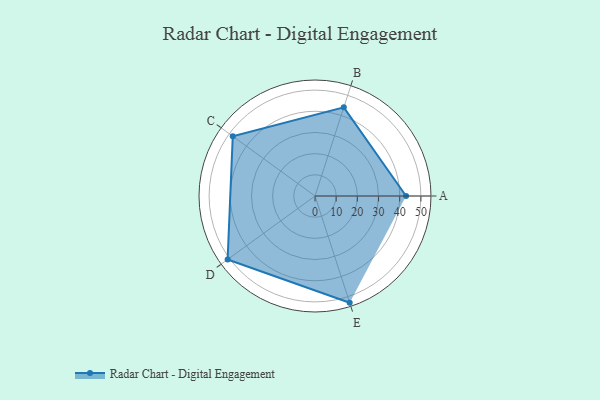
{"axis": {"x": "Skill", "y": "Score"}, "legend": ["Profile"], "data": [{"x": "A", "y": 43.0, "type": "Profile"}, {"x": "B", "y": 44.0, "type": "Profile"}, {"x": "C", "y": 48.0, "type": "Profile"}, {"x": "D", "y": 51.0, "type": "Profile"}, {"x": "E", "y": 53.0, "type": "Profile"}]}